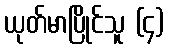
ယုတ်မာပြိုင်သူ (၄)